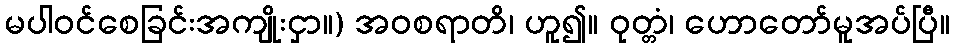
မပါဝင်စေခြင်းအကျိုးငှာ။) အဝစရာတိ၊ ဟူ၍။ ဝုတ္တံ၊ ဟောတော်မူအပ်ပြီ။